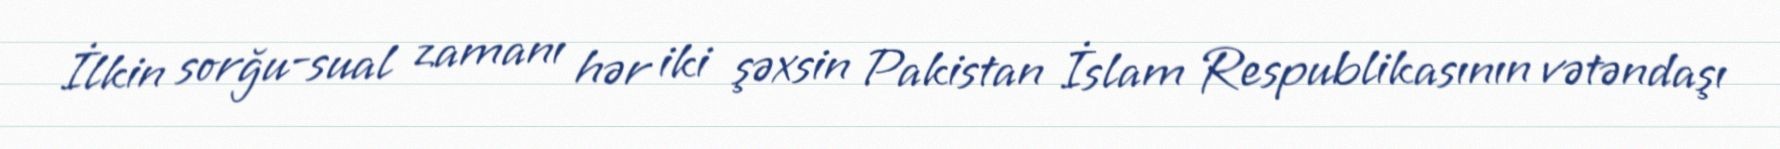
İlkin sorğu-sual zamanı hər iki şəxsin Pakistan İslam Respublikasının vətəndaşı